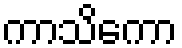
ကာသိကော